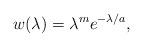
LaTeX: \begin{align*}w(\lambda)= \lambda^{m} e^{- \lambda/a},\end{align*}